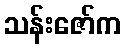
သန်းဇော်က